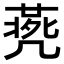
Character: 𠙨